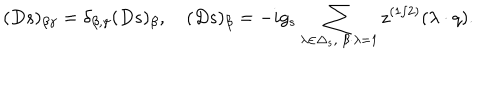
( D s ) _ { \beta \gamma } = \delta _ { \beta , \gamma } ( D s ) _ { \beta } , \quad ( D s ) _ { \beta } = - i g _ { s } \sum _ { \lambda \in \Delta _ { s } , \ \beta \cdot \lambda = 1 } z ^ { ( 1 / 2 ) } ( \lambda \cdot q ) .